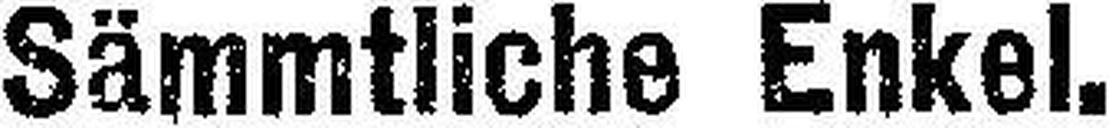
Sämmtliche Enkel.